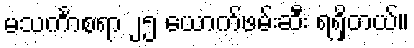
မသင်္ကာစရာ ၂၅ ယောက်ဖမ်းဆီး ရရှိတယ်။